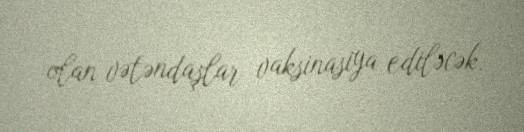
olan vətəndaşlar vaksinasiya ediləcək.